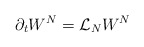
\begin{align*}\partial_t W^N ={\cal{L}}_N W^N\end{align*}